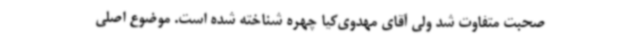
صحبت متفاوت شد ولی آقای مهدوی‌کیا چهره شناخته شده است. موضوع اصلی